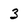
Character: 3